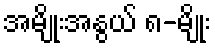
အမျိုးအနွယ် ၈-မျိုး